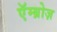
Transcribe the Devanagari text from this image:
एॅम्ब्रोज़